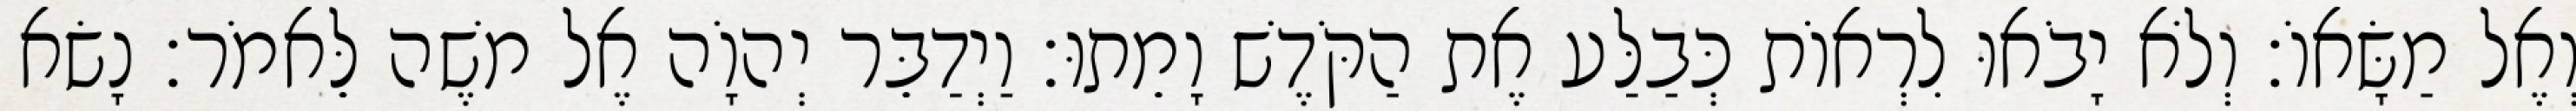
וְאֶל מַשָּׂאוֹ׃ וְלֹא יָבֹאוּ לִרְאוֹת כְּבַלַּע אֶת הַקֹּדֶשׁ וָמֵתוּ׃ וַיְדַבֵּר יְהוָֹה אֶל משֶׁה לֵּאמֹר׃ נָשׂא